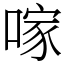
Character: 𠺢